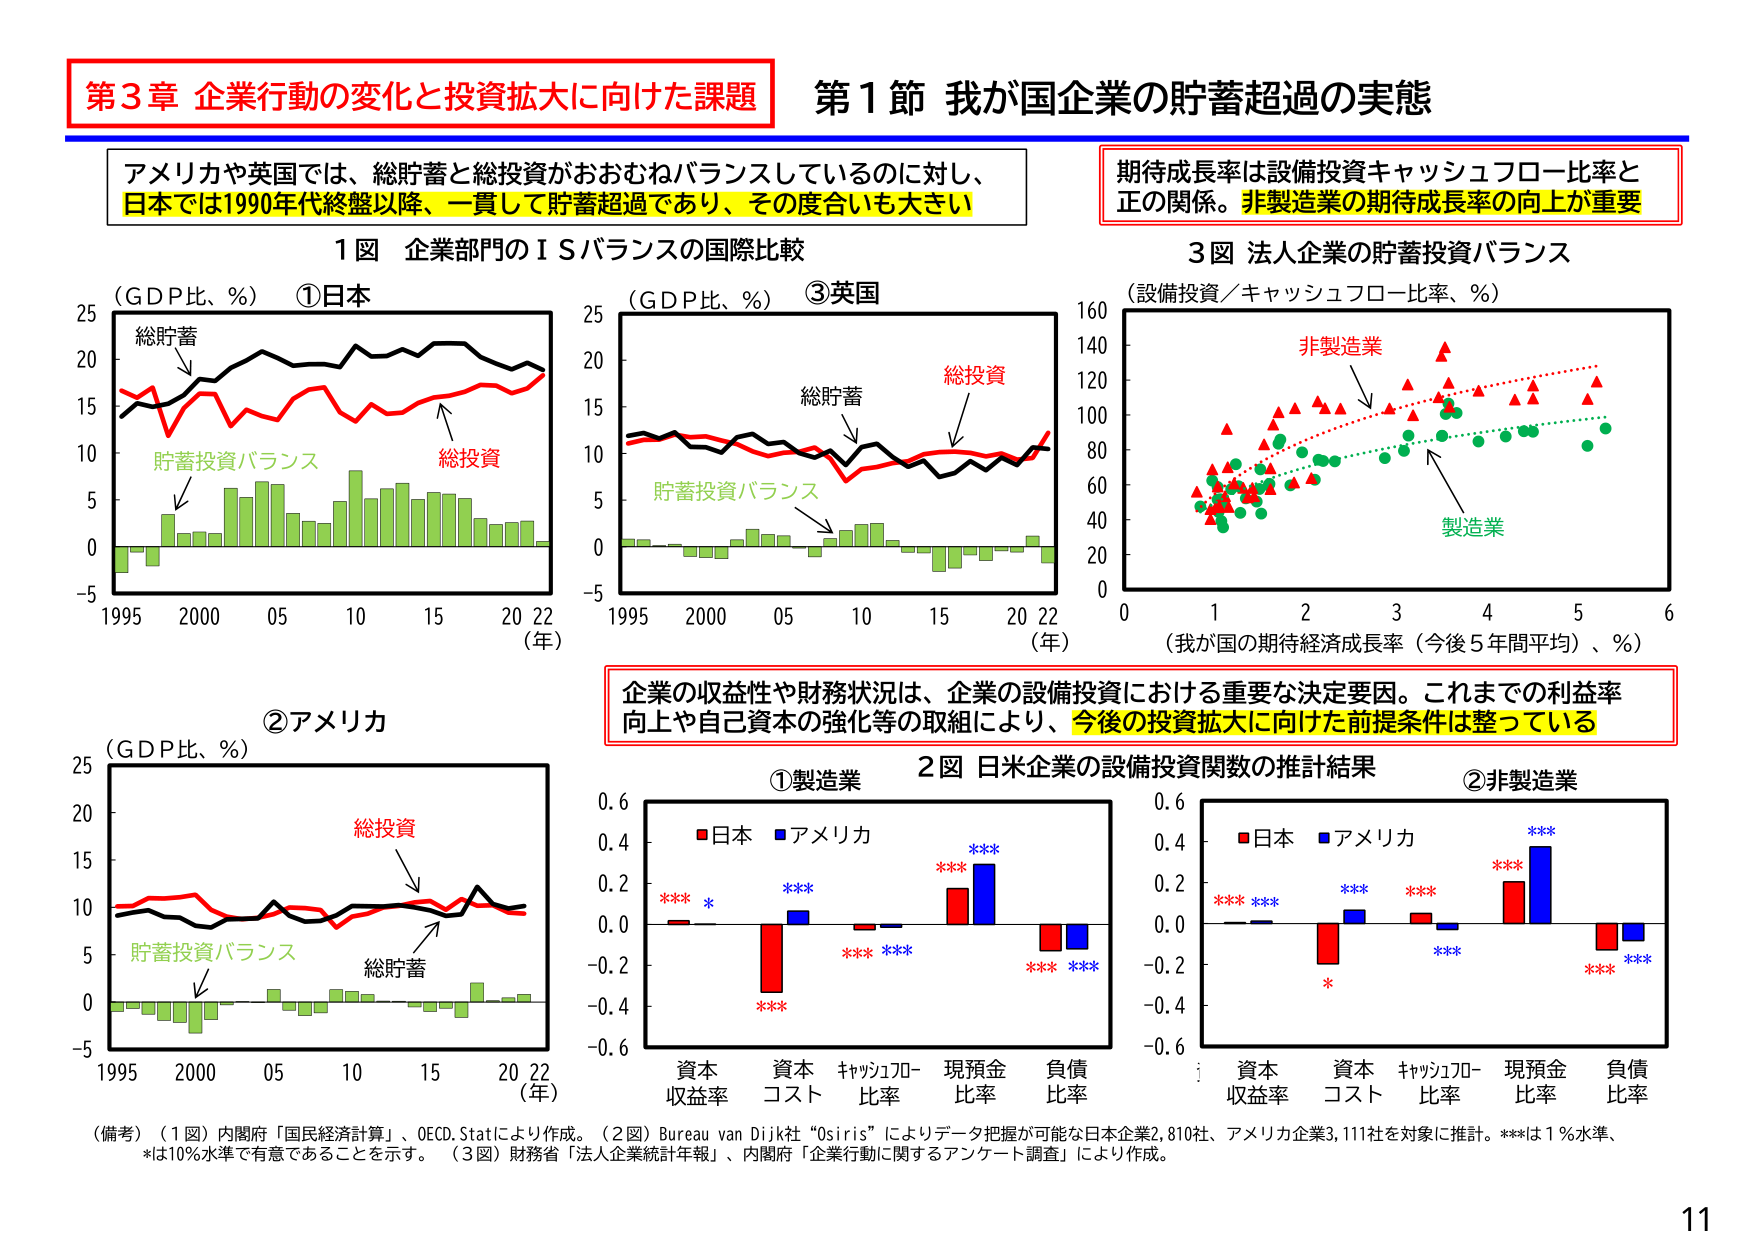
第3章 企業行動の変化と投資拡大に向けた課題
第1節 我が国企業の貯蓄超過の実態

アメリカや英国では、総貯蓄と総投資がおおむねバランスしているのに対し、
日本では1990年代終盤以降、一貫して貯蓄超過であり、その度合いも大きい

期待成長率は設備投資キャッシュフロー比率と
正の関係。非製造業の期待成長率の向上が重要

1図 企業部門のＩＳバランスの国際比較
（ＧＤＰ比、％） ①日本
総貯蓄
総投資
貯蓄投資バランス
（年）
1995 2000 05 10 15 20 22

（ＧＤＰ比、％） ③英国
総貯蓄
総投資
貯蓄投資バランス
（年）
1995 2000 05 10 15 20 22

3図 法人企業の貯蓄投資バランス
（設備投資／キャッシュフロー比率、％）
非製造業
製造業
（我が国の期待経済成長率（今後5年間平均）、％）
0 1 2 3 4 5 6

②アメリカ
（ＧＤＰ比、％）
総投資
総貯蓄
貯蓄投資バランス
（年）
1995 2000 05 10 15 20 22

企業の収益性や財務状況は、企業の設備投資における重要な決定要因。これまでの利益率
向上や自己資本の強化等の取組により、今後の投資拡大に向けた前提条件は整っている

2図 日米企業の設備投資関数の推計結果
①製造業
■日本 ■アメリカ
*** *
*** ***
*** ***
*** ***
資本収益率 資本コスト キャッシュフロー比率 現預金比率 負債比率

②非製造業
■日本 ■アメリカ
*** ***
***
*
***
*** ***
資本収益率 資本コスト キャッシュフロー比率 現預金比率 負債比率

（備考）（1図）内閣府「国民経済計算」、OECD.Statにより作成。（2図）Bureau van Dijk社 “Osiris” によりデータ把握が可能な日本企業2,810社、アメリカ企業3,111社を対象に推計。***は1％水準、
*は10％水準で有意であることを示す。（3図）財務省「法人企業統計年報」、内閣府「企業行動に関するアンケート調査」により作成。

11